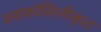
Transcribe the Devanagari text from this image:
ग्लाकोसिलीकृत